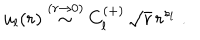
u _ { l } ( r ) \stackrel { ( r \rightarrow 0 ) } { \sim } C _ { l } ^ { ( + ) } \, \sqrt { r } \, r ^ { s _ { l } } \; .